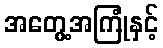
အတွေ့အကြုံနှင့်